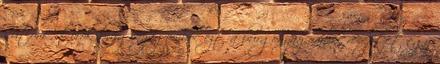
sütöm . török burgonyagombóc ezt a burgonyagombóc receptet egy